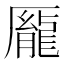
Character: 𫨢